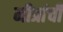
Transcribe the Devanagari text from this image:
मीत्रांची